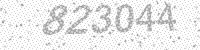
Solution: 823044